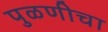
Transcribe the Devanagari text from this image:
पुळणीचा